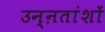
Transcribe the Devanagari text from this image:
उन्ऩतांशों